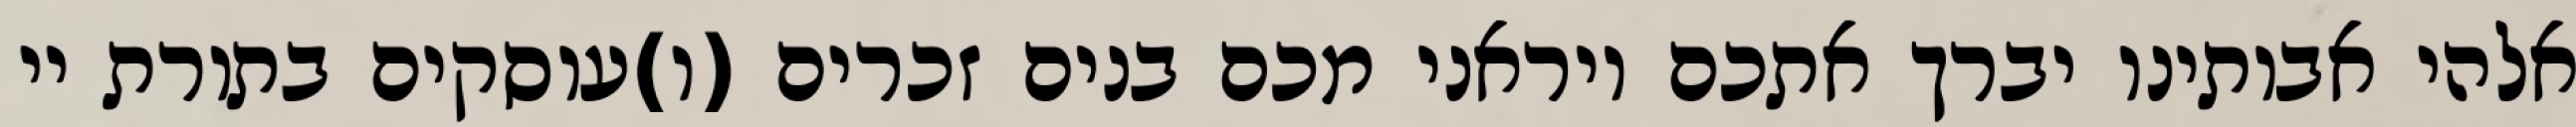
אלהי אבותינו יברך אתכם ויראני מכם בנים זכרים (ו)עוסקים בתורת יי